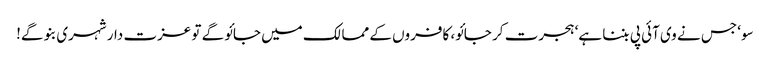
سو‘ جس نے وی آئی پی بننا ہے‘ ہجرت کر جائو، کافروں کے ممالک میں جائو گے تو عزت دار شہری بنو گے!